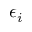
\epsilon _ { i }